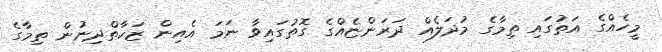
މީހެއްގެ އަތުގައި ތިމާގެ މުދަލެއް ދަރަންޏެއްގެ ގޮތުގައިވާ ނަމަ އެއިން ޒަކާތްދިނުން ތިމާގެ